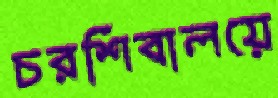
চরশিবালয়ে